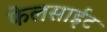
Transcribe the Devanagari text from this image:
फेलसाईट